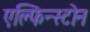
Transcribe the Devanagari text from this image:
एल्फिन्स्टोन